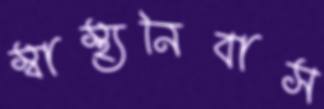
স্বাস্থ্যনিবাস